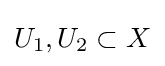
U_{1},U_{2}\subset X